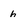
Character: h